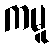
ကမူ